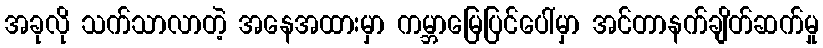
အခုလို သက်သာလာတဲ့ အနေအထားမှာ ကမ္ဘာမြေပြင်ပေါ်မှာ အင်တာနက်ချိတ်ဆက်မှု